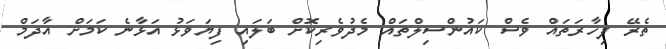
ތެރޭ ފިހާރަތައް ވެސް ކައުންސިލްތައް މެދުވެރިކޮށް ބަލައި ފިޔަވަޅު އަޅާނެ ކަމަށް އާދަމް